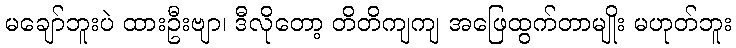
မချော်ဘူးပဲ ထားဦးဗျာ၊ ဒီလိုတော့ တိတိကျကျ အဖြေထွက်တာမျိုး မဟုတ်ဘူး